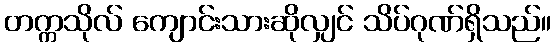
တက္ကသိုလ် ကျောင်းသားဆိုလျှင် သိပ်ဂုဏ်ရှိသည်။